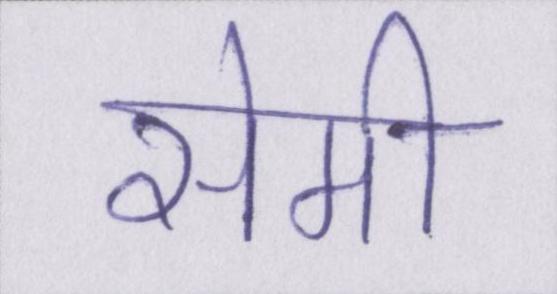
सेमी